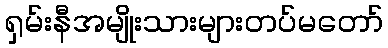
ရှမ်းနီအမျိုးသားများတပ်မတော်